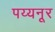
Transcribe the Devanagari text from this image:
पय्यनूर